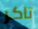
تاكر